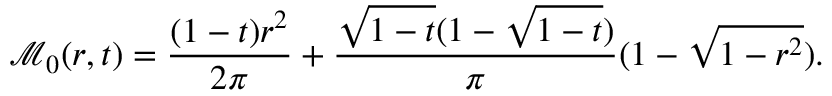
\mathcal { M } _ { 0 } ( r , t ) = \frac { ( 1 - t ) r ^ { 2 } } { 2 \pi } + \frac { \sqrt { 1 - t } ( 1 - \sqrt { 1 - t } ) } { \pi } ( 1 - \sqrt { 1 - r ^ { 2 } } ) .